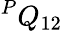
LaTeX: ^PQ_{12}